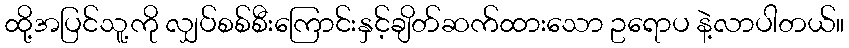
ထို့အပြင်သူ့ကို လျှပ်စစ်စီးကြောင်းနှင့်ချိတ်ဆက်ထားသော ဥရောပ နဲ့လာပါတယ်။